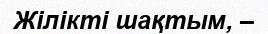
Жiлiктi шақтым, –